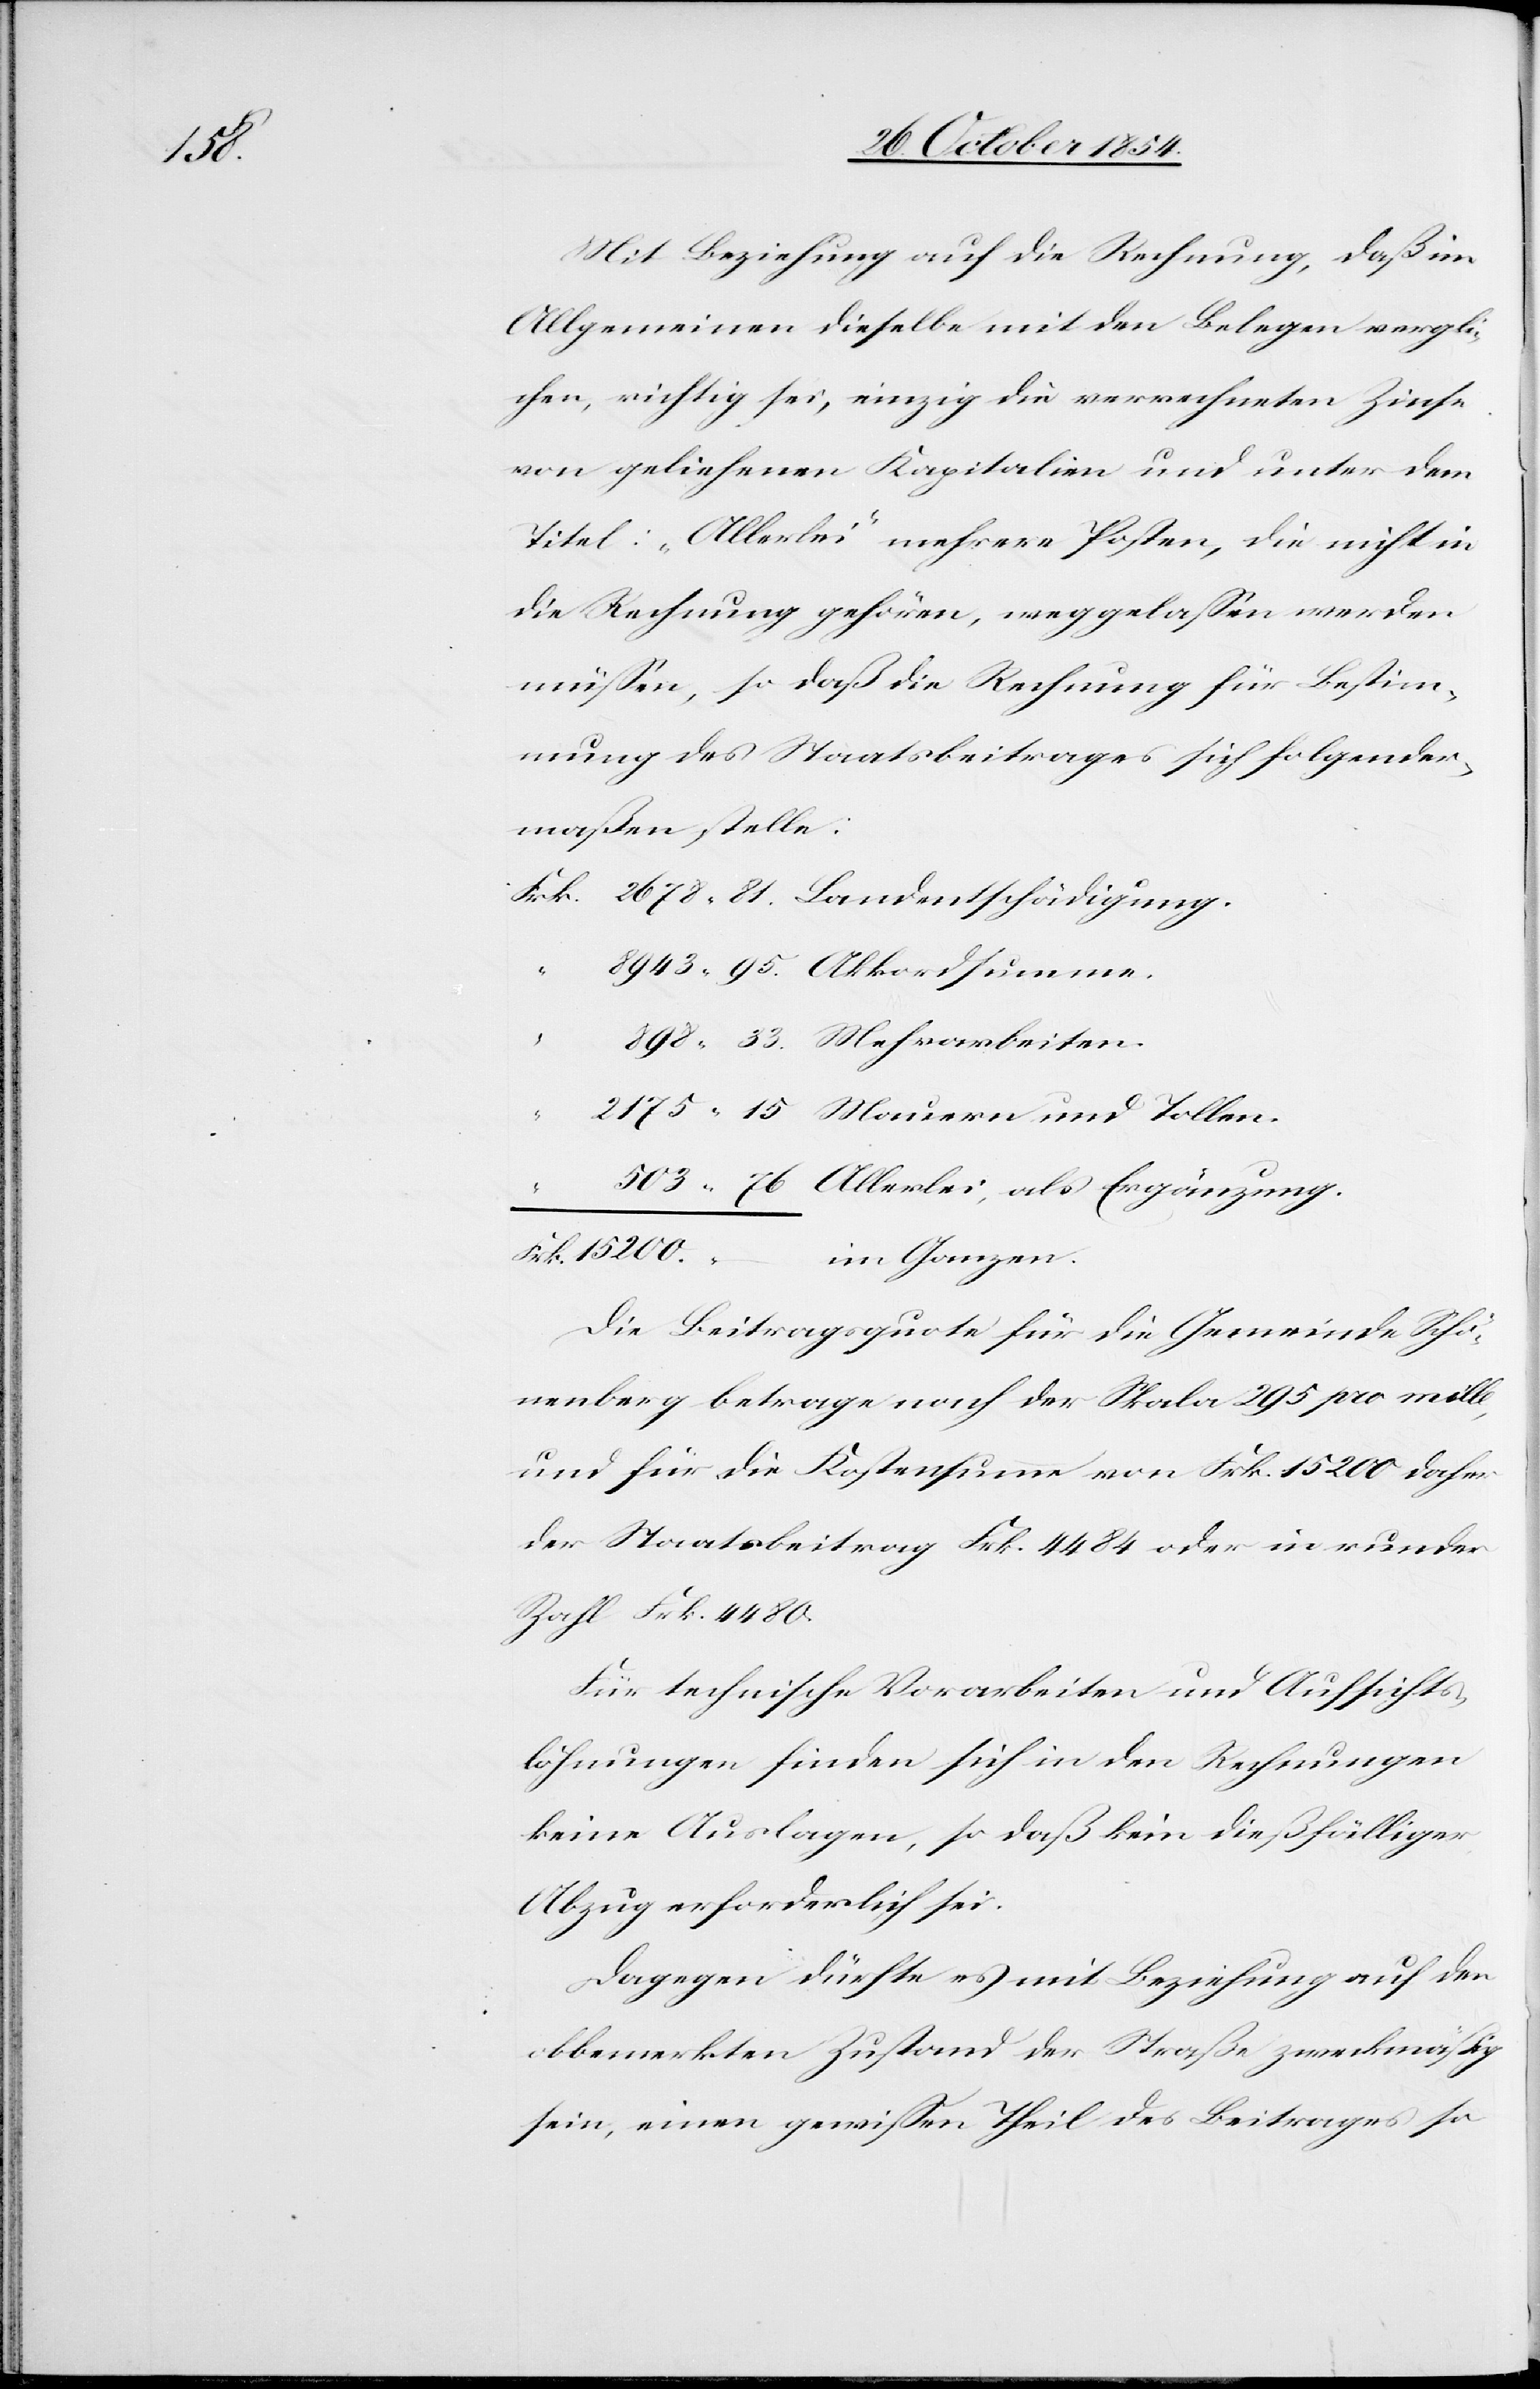
Ganzen.

Mit Beziehung auf die Rechnung, daß im
Allgemeinen dieselbe mit den Belegen vergli¬
chen, richtig sei, einzig die verrechneten Zinse
von geliehenen Kapitalien und unter dem
Titel „Allerlei“ mehrere Posten, die nicht in
die Rechnung gehören, weggelaßen werden
müßen, so daß die Rechnung für Bestim¬
mung des Staatsbeitrages sich folgender¬
maßen stelle:
Allerlei, als Ergänzung.
–
Die Beitragsquote für die Gemeinde Schö¬
nenberg betrage nach der Skala 295 pro mille,
und für die Kostensumme von Frk. 15 200 daher
der Staatsbeitrag Frk. 4484 oder in runder
Zahl Frk. 4480.
Für technische Vorarbeiten und Aufsichts¬
löhnungen finden sich in den Rechnungen
keine Auslagen, so daß kein diesfälliger
Abzug erforderlich sei.
Dagegen dürfte es mit Beziehung auf den
obbemerkten Zustand der Straße zweckmäßig
sein, einen gewißen Theil des Beitrages so